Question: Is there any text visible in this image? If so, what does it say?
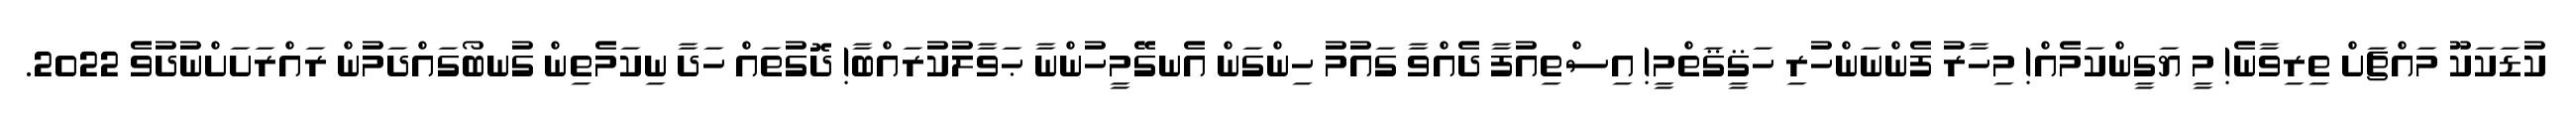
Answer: ކުޑަކަކޫ މައްޗަށް ތިރިވާނެ! މީ ޔަގީންކަމެއް! މިހާރު ފެންނަންހުރި ހަޤީޤަތްމީ! އިސްތިއުފާ ދެއްވާ ގައުމު ހިންގަން އެނގޭމީހުންނާ ޙަވާލުކުރައްބާ! ދޮގުތައް ހަދާ ނިކަމެތިން ގުނބޯގައްދަމުން ރައްރަށަށްނުދުވެ 2022.